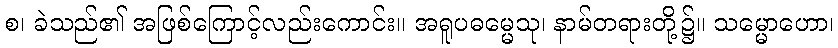
စ၊ ခဲသည်၏ အဖြစ်ကြောင့်လည်းကောင်း။ အရူပဓမ္မေသု၊ နာမ်တရားတို့၌။ သမ္မောဟော၊